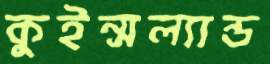
কুইন্সল্যান্ড